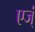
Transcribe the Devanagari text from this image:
एज्ं